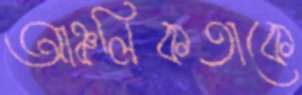
আঞ্চলিকতাকে